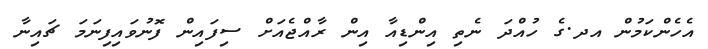
އެހެންކަމުން އދ.ގެ ހުއްދަ ނެތި އިންޑިއާ އިން ރާއްޖެއަށް ސިފައިން ފޮނުވައިފިނަމަ ޗައިނާ